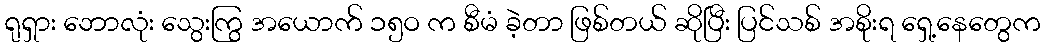
ရုရှား ဘောလုံး သွေးကြွ အယောက် ၁၅ဝ က စီမံ ခဲ့တာ ဖြစ်တယ် ဆိုပြီး ပြင်သစ် အစိုးရ ရှေ့နေတွေက